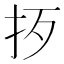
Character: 𢪰